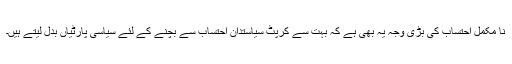
نا مکمل احتساب کی بڑی وجہ یہ بھی ہے کہ بہت سے کرپٹ سیاستدان احتساب سے بچنے کے لئے سیاسی پارٹیاں بدل لیتے ہیں۔